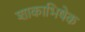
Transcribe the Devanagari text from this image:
शाकाभिषेक